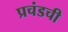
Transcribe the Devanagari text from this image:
प्रचंडची